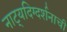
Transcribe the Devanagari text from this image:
नाट्यदिग्दर्शनाची